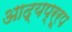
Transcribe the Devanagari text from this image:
आद्यप्ररूप